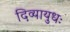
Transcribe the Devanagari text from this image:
दिव्यायुधः